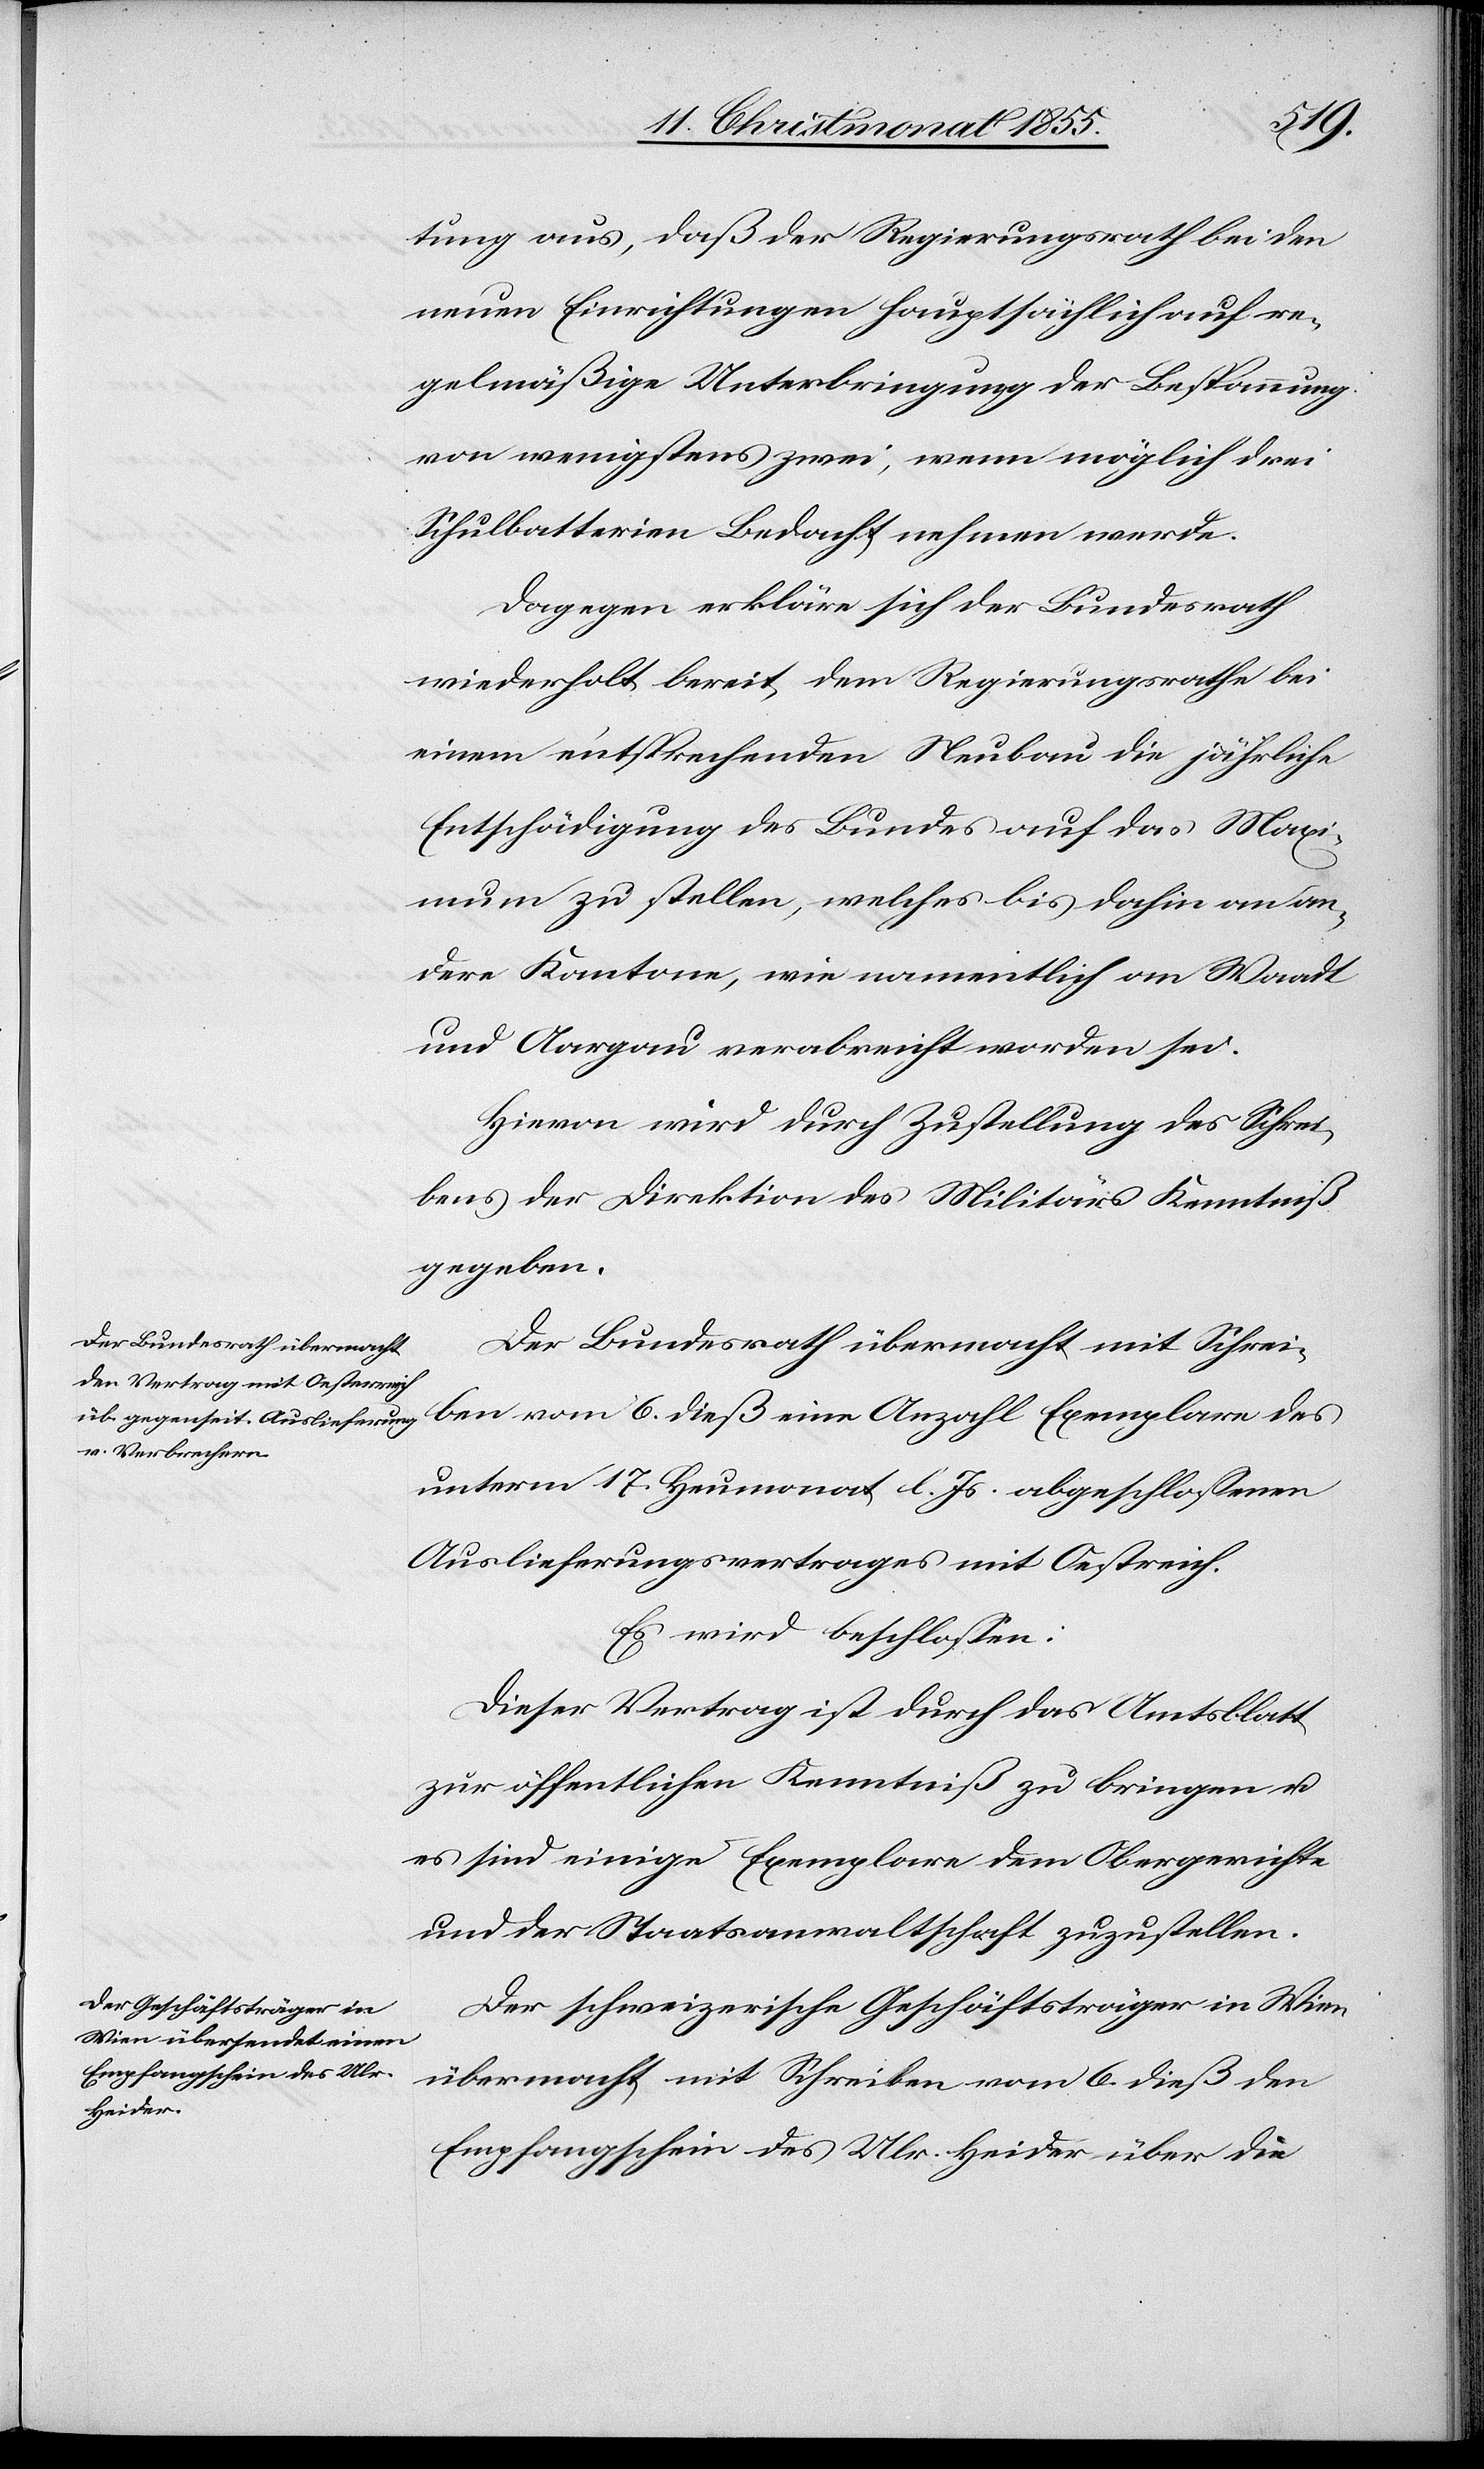
tung aus, daß der Regierungsrath bei den
neuen Einrichtungen hauptsächlich auf re¬
gelmäßige Unterbringung der Bespannung
von wenigstens zwei, wenn möglich drei
Schulbatterien Bedacht nehmen werde.
Dagegen erkläre sich der Bundesrath
wiederholt bereit, dem Regierungsrathe bei
einem entsprechenden Neubau die jährliche
Entschädigung des Bundes auf das Maxi¬
mum zu stellen, welches bis dahin an an¬
dere Kantone, wie namentlich an Waadt
und Aargau verabreicht worden sei.
Hievon wird durch Zustellung des Schrei¬
bens der Direktion des Militärs Kenntniß
gegeben.
Der Bundesrath übermacht mit Schrei¬
ben vom 6. dieß eine Anzahl Exemplare des
unterm 17. Heumonat l. Js. abgeschlossenen
Auslieferungsvertrages mit Oestreich.
Es wird beschlossen:
Dieser Vertrag ist durch das Amtsblatt
zur öffentlichen Kenntniß zu bringen u.
es sind einige Exemplare dem Obergerichte
und der Staatsanwaltschaft zuzustellen.
Der schweizerische Geschäftsträger in Wien
übermacht mit Schreiben vom 6. dieß den
Empfangschein des Ulr. Heider über die